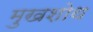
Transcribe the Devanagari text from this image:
मुखशोथ